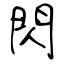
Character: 閃